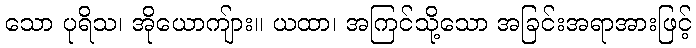
သော ပုရိသ၊ အိုယောကျ်ား။ ယထာ၊ အကြင်သို့သော အခြင်းအရာအားဖြင့်